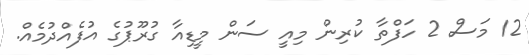
12 މަސް 2 ހަފްތާ ކުރިން މިއީ ސަން މީޑިއާ ގުރޫޕުގެ އުފެއްދުމެއް.